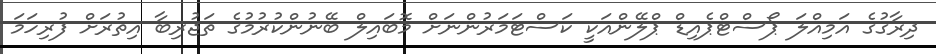
ދިރާގުގެ އަމިއްލަ ޕޯސްޓްޕެއިޑް ޕްލޭންއަކީ ކަސްޓަމަރުންނަށް މޮބައިލް ބޭނުންކުރުމުގެ ތަޖުރިބާ އިތުރަށް ފުރިހަމަ